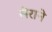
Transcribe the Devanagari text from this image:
सेराने